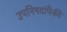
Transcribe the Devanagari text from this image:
उपनिषदांपैकीं